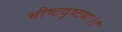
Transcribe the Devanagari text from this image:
भीष्टदृष्टयः।।